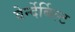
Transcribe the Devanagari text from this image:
वेर्न्देर्बिल्ट